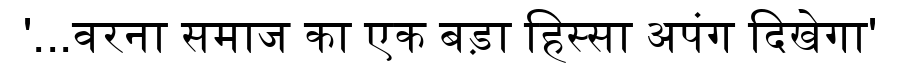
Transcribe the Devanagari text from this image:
'...वरना समाज का एक बड़ा हिस्सा अपंग दिखेगा'